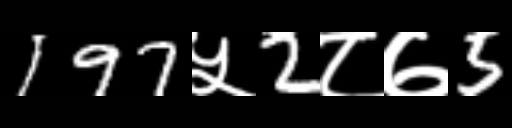
Text: 197५2८७5